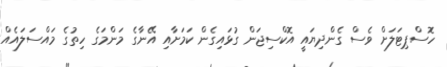
ހޮސްޕިޓަލަށް ވެސް ގެންދިޔައީ އޮކްސިޖަން ގުޅައިގެން ކަމަށާއި އޭނާގެ މަންމަގެ ހިތުގެ މައްސަލައެއް